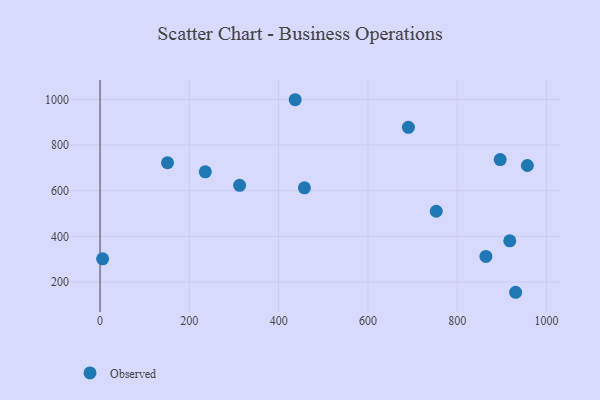
{"axis": {"x": "Speed", "y": "Demand"}, "legend": ["Observed"], "data": [{"x": "864.1", "y": 312.0, "type": "Observed"}, {"x": "752.9", "y": 510.1, "type": "Observed"}, {"x": "930.7", "y": 155.2, "type": "Observed"}, {"x": "312.6", "y": 623.7, "type": "Observed"}, {"x": "457.7", "y": 612.8, "type": "Observed"}, {"x": "957.0", "y": 710.3, "type": "Observed"}, {"x": "5.8", "y": 301.7, "type": "Observed"}, {"x": "235.7", "y": 682.7, "type": "Observed"}, {"x": "690.6", "y": 877.7, "type": "Observed"}, {"x": "917.6", "y": 380.3, "type": "Observed"}, {"x": "151.1", "y": 722.4, "type": "Observed"}, {"x": "437.0", "y": 998.4, "type": "Observed"}, {"x": "896.1", "y": 736.3, "type": "Observed"}]}